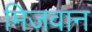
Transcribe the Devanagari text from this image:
मिजवान